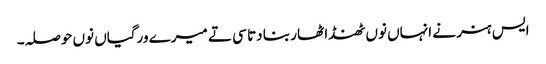
ایس ہنر نے انہاں نوں ٹھنڈا ٹھار بنا دتا سی تے میرے ورگیاں نوں حوصلہ۔